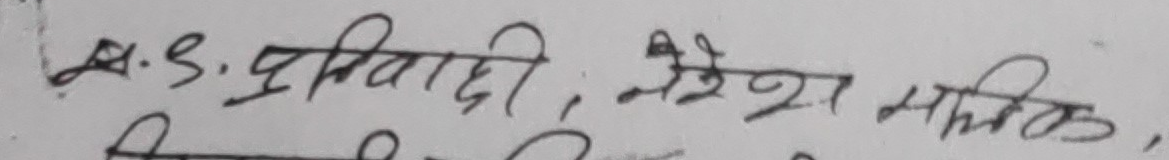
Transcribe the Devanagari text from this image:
ए.९. द्विवेदी, नरेश मलिक,